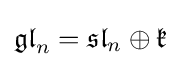
{\mathfrak {gl}}_{n}={\mathfrak {sl}}_{n}\oplus {\mathfrak {k}}